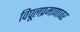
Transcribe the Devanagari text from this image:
विपूलप्रमाणावर